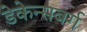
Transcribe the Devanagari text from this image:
डेकेन्सबर्ग